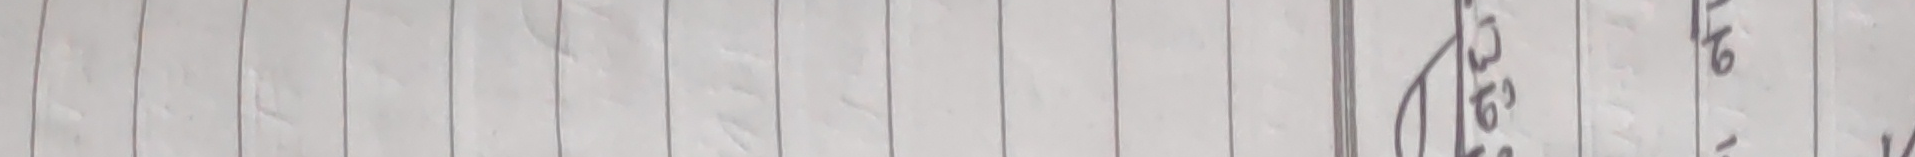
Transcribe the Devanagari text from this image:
१/७ ३/७